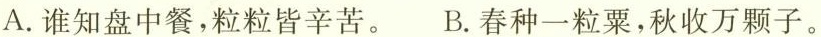
A.谁知盘中餐，粒粒皆辛苦。B.春种一粒粟，秋收万颗子。